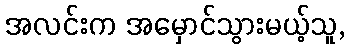
အလင်းက အမှောင်သွားမယ့်သူ,